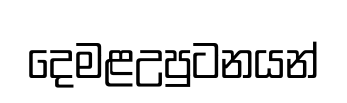
දෙමළඋපුටනයන්